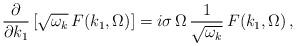
LaTeX: \begin{align*} \frac{\partial}{\partial k_1}\left[ \sqrt{\omega_k} \, F(k_1, \Omega)\right] = i \sigma\,\Omega \, \frac{1}{\sqrt{\omega_k}} \, F(k_1, \Omega)\,,\end{align*}